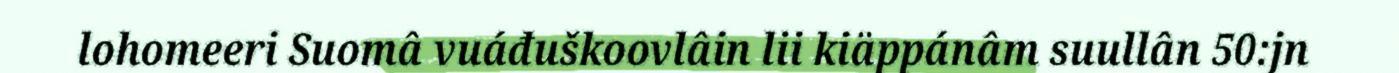
lohomeeri Suomâ vuáđuškoovlâin lii kiäppánâm suullân 50:jn